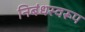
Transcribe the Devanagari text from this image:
निबंधस्वरूप